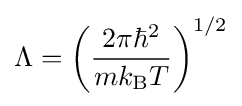
\Lambda =\left({\frac {2\pi \hbar ^{2}}{mk_{\text{B}}T}}\right)^{1/2}